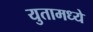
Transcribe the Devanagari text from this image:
युतामध्ये